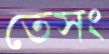
তেসং